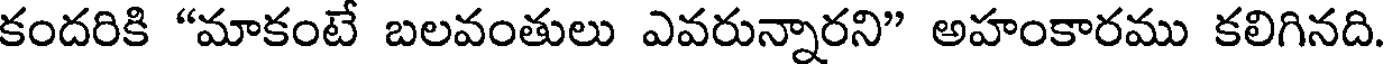
కందరికి "మాకంటే బలవంతులు ఎవరున్నారని" అహంకారము కలిగినది.